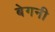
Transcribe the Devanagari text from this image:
बेगनी